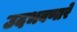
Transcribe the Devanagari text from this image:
उदभवणारे